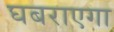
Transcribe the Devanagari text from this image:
घबराएगा